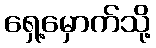
ရှေ့မှောက်သို့